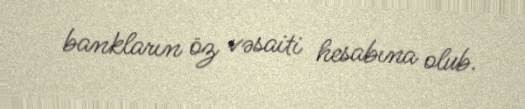
bankların öz vəsaiti hesabına olub.